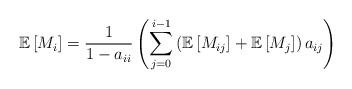
LaTeX: \begin{align*}\mathbb{E}\left[M_{i}\right]=\frac{1}{1-a_{ii}}\left(\sum_{j=0}^{i-1}\left(\mathbb{E}\left[M_{ij}\right]+\mathbb{E}\left[M_{j}\right]\right)a_{ij}\right)\end{align*}